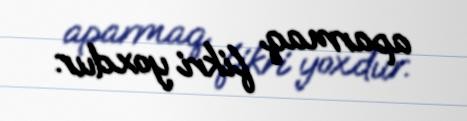
aparmaq fikri yoxdur.